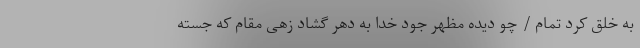
به خلق کرد تمام / چو دیده مظهر جود خدا به دهر گشاد زهى مقام که جسته